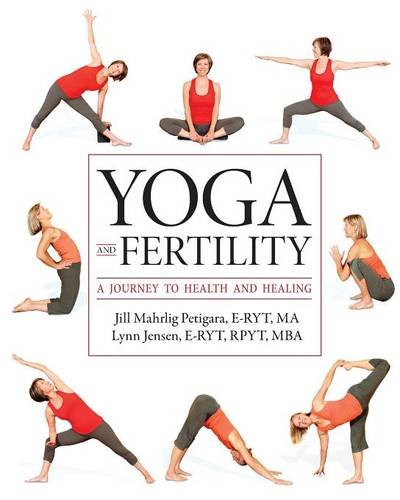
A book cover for Yoga and Fertility: A Journey to Health and Healing; Jill Mahrlig Petigara E-RYT  MA; Parenting & Relationships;